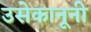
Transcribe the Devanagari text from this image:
उसेकानूनी